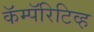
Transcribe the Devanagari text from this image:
कॅम्पॅरिटिव्ह